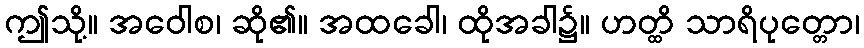
ဤသို့။ အဝေါစ၊ ဆို၏။ အထခေါ၊ ထိုအခါ၌။ ဟတ္ထိ သာရိပုတ္တော၊